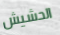
الحشيش